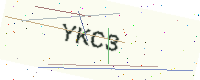
Text: YKC3